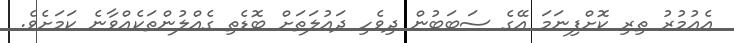
އެއުމުރު ތިރި ކޮށްފިނަމަ އޭގެ ސަބަބުން ދިވެހި ދައުލަތަށް ބޮޑެތި ގެއްލުންތަކެއްވާނެ ކަމަށެވެ.